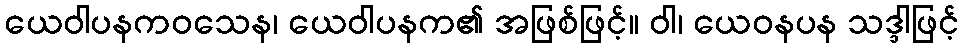
ယေဝါပနကဝသေန၊ ယေဝါပနက၏ အဖြစ်ဖြင့်။ ဝါ၊ ယေဝနပန သဒ္ဒါဖြင့်